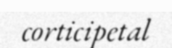
corticipetal